Annual administration report of the Civil Veterinary Department of India - 1896-1897
Year: 1896
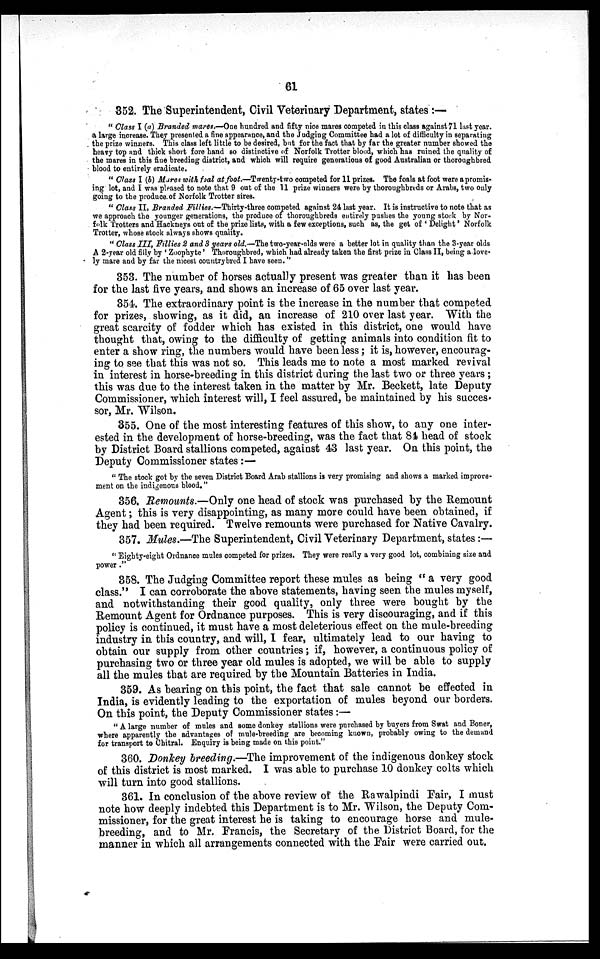
61
352. The Superintendent, Civil Veterinary Department, states:—
"Class I (a) Branded mares.—One hundred and fifty nice mares competed in this class against 71 last year.
a large increase. They presented a fine appearance, and the Judging Committee had a lot of difficulty in separating
the prize winners. This class left little to be desired, but for the fact that by far the greater number showed the
heavy top and thick short fore hand so distinctive of Norfolk Trotter blood, which has ruined the quality of
the mares in this fine breeding district, and which will require generations of good Australian or thoroughbred
blood to entirely eradicate.
"Class I (b) Mares with foal at foot.—Twenty-two competed for 11 prizes. The foals at foot were a promis-
ing lot, and I was pleased to note that 9 out of the 11 prize winners were by thoroughbreds or Arabs, two only
going to the produce of Norfolk Trotter sires.
"Class II, Branded Fillies.—Thirty-three competed against 24 last year. It is instructive to note that as
we approach the younger generations, the produce of thoroughbreds entirely pushes the young stock by Nor-
folk Trotters and Hackneys out of the prize lists, with a few exceptions, such as, the get of ' Delight' Norfolk
Trotter, whose stock always shows quality.
"Class III, Fillies 2 and 3 years old.—The two-year-olds were a better lot in quality than the 3-year olds
A 2-year old filly by ' Zoophyte' Thoroughbred, which had already taken the first prize in Class II, being a love-
ly mare and by far the nicest country bred I have seen."
353. The number of horses actually present was greater than it has been
for the last five years, and shows an increase of 65 over last year.
354. The extraordinary point is the increase in the number that competed
for prizes, showing, as it did, an increase of 210 over last year. With the
great scarcity of fodder which has existed in this district, one would have
thought that, owing to the difficulty of getting animals into condition fit to
enter a show ring, the numbers would have been less; it is, however, encourag-
ing to see that this was not so. This leads me to note a most marked revival
in interest in horse-breeding in this district during the last two or three years;
this was due to the interest taken in the matter by Mr. Beckett, late Deputy
Commissioner, which interest will, I feel assured, be maintained by his succes.
sor, Mr. Wilson.
355. One of the most interesting features of this show, to any one inter-
ested in the development of horse-breeding, was the fact that 84 head of stock
by District Board stallions competed, against 43 last year. On this point, the
Deputy Commissioner states:—
"The stock got by the seven District Board Arab stallions is very promising and shows a marked improve-
ment on the indigenous blood."
356. Remounts.—Only one head of stock was purchased by the Remount
Agent; this is very disappointing, as many more could have been obtained, if
they had been required. Twelve remounts were purchased for Native Cavalry.
357. Mules.—The Superintendent, Civil Veterinary Department, states:—
"Eighty-eight Ordnance mules competed for prizes. They were really a very good lot, combining size and
power."
358. The Judging Committee report these mules as being "a very good
class." I can corroborate the above statements, having seen the mules myself,
and notwithstanding their good quality, only three were bought by the
Remount Agent for Ordnance purposes. This is very discouraging, and if this
policy is continued, it must have a most deleterious effect on the mule-breeding
industry in this country, and will, I fear, ultimately lead to our having to
obtain our supply from other countries; if, however, a continuous policy of
purchasing two or three year old mules is adopted, we will be able to supply
all the mules that are required by the Mountain Batteries in India.
359. As bearing on this point, the fact that sale cannot be effected in
India, is evidently leading to the exportation of mules beyond our borders.
On this point, the Deputy Commissioner states:—
"A large number of mules and some donkey stallions were purchased by buyers from Swat and Boner,
where apparently the advantages of mule-breeding are becoming known, probably owing to the demand
for transport to Chitral. Enquiry is being made on this point."
360. Donkey breeding.—The improvement of the indigenous donkey stock
of this district is most marked. I was able to purchase 10 donkey colts which
will turn into good stallions.
361. In conclusion of the above review of the Rawalpindi Fair, I must
note how deeply indebted this Department is to Mr. Wilson, the Deputy Com-
missioner, for the great interest he is taking to encourage horse and mule-
breeding, and to Mr. Francis, the Secretary of the District Board, for the
manner in which all arrangements connected with the Fair were carried out.